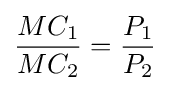
{\frac {MC_{1}}{MC_{2}}}={\frac {P_{1}}{P_{2}}}